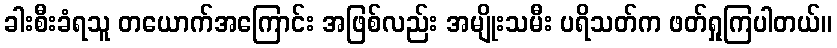
ခါးစီးခံရသူ တယောက်အကြောင်း အဖြစ်လည်း အမျိုးသမီး ပရိသတ်က ဖတ်ရှုကြပါတယ်။